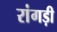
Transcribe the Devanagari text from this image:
रांगड़ी